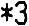
*3